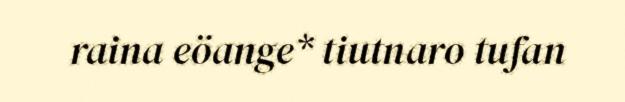
raina eöange* tiutnaro tufan